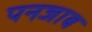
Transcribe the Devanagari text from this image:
पनजाब